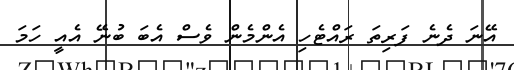
އޭނަ ދެނެ ފަރިތަ ރައްޓެހި އެންމެން ވެސް އެބަ ބުނޭ އެއީ ހަމަ